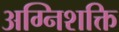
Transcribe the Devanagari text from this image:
अग्निशक्ति